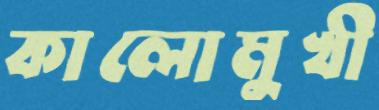
কালোমুখী